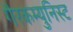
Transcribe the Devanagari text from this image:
गैरकम्युनिस्ट